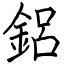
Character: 鋁